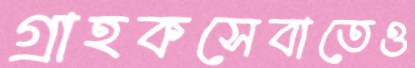
গ্রাহকসেবাতেও